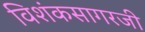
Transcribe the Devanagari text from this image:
विशंकसागरजी